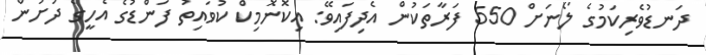
ދަނޑުވެރިކަމުގެ ލޯނަށް 550 ފަރާތަކުން އެދިފައިވޭ: އިކޮނޮމިކް ކުވައިތު ފަންޑުގެ އެހީގެ ދަށުން